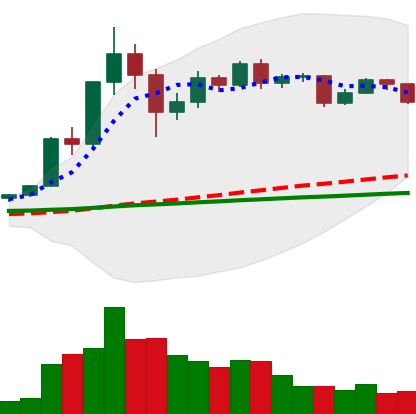
Ticker: XRP-USD
Chart end date: 2020-12-08
Forward return: -8.477%
Label: down_7plus